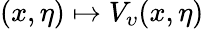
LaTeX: (x,\eta)\mapsto V_{\upsilon}(x,\eta)